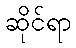
ဆိုင်ရာ